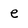
Character: e